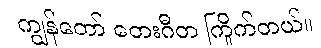
ကျွန်တော် တေးဂီတ ကြိုက်တယ်။